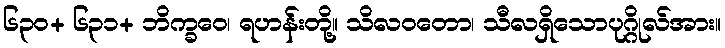
၆၃၀+ ၆၃၁+ ဘိက္ခဝေ၊ ရဟန်းတို့။ သိလဝတော၊ သီလရှိသောပုဂ္ဂိုလ်အား။